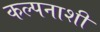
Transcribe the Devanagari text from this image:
कल्पनाशी